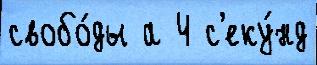
свобо́ды а 4 с'еку́нд